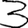
Digit: 3